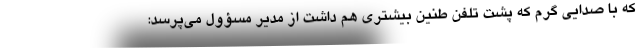
که با صدایی گرم که پشت تلفن طنین بیشتری هم داشت از مدیر مسؤول می‌پرسد: